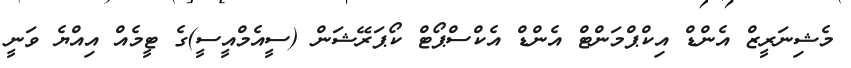
މެޝިނަރީޒް އެންޑް އިކްޕްމަންޓް އެންޑް އެކްސްޕޯޓް ކޯޕަރޭޝަން (ސީއެމްއީސީ)ގެ ޓީމެއް އިއްޔެ ވަނީ